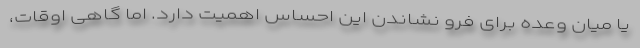
یا میان وعده برای فرو نشاندن این احساس اهمیت دارد. اما گاهی اوقات،